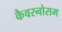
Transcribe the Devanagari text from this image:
कैवरनोसम